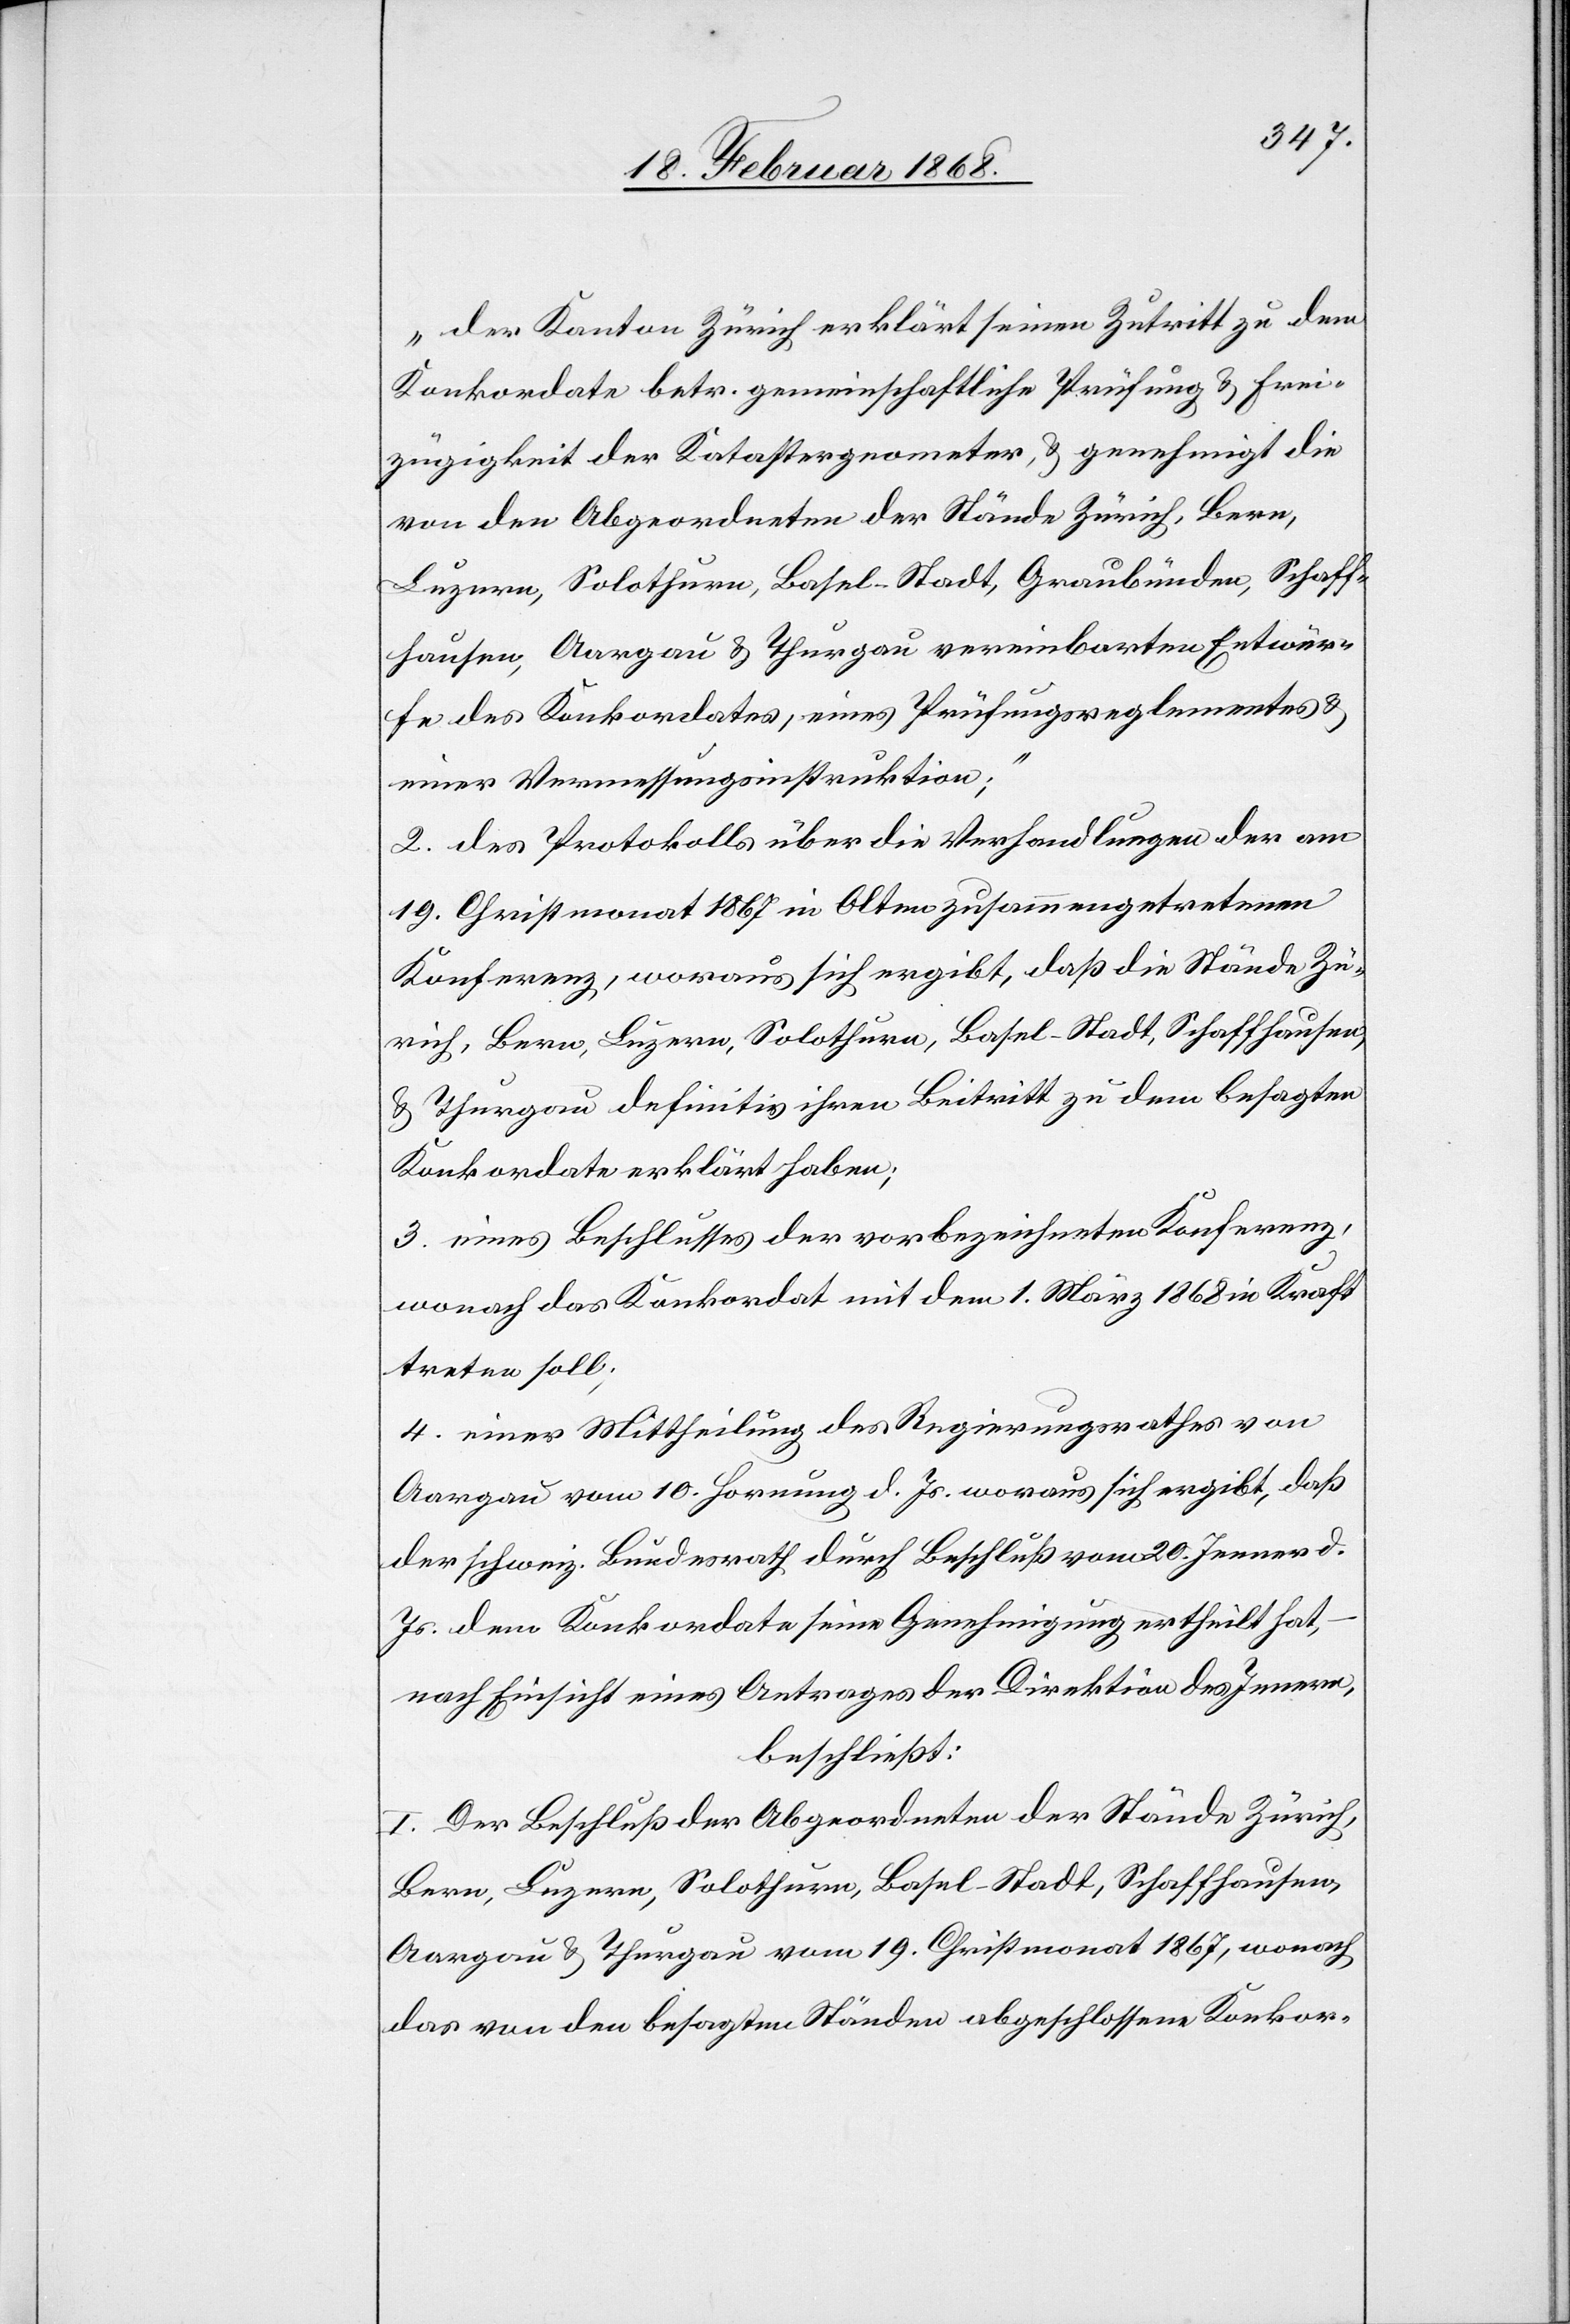
„Der Kanton Zürich erklärt seinen Zutritt zu dem
Konkordate betr. gemeinschaftliche Prüfung & Frei¬
zügigkeit der Katastergeometer, & genehmigt die
von den Abgeordneten der Stände Zürich, Bern,
Luzern, Solothurn, Basel-Stadt, Graubünden, Schaff¬
hausen, Aargau & Thurgau vereinbarten Entwür¬
fe des Konkordates, eines Prüfungsreglementes &
einer Vermessungsinstruktion;“
2. des Protokolls über die Verhandlungen der am
19. Christmonat 1867 in Olten zusammengetretenen
Konferenz, woraus sich ergibt, daß die Stände Zü¬
rich, Bern, Luzern, Solothurn, Basel-Stadt, Schaffhausen,
& Thurgau definitiv ihren Beitritt zu dem besagten
Konkordate erklärt haben;
3. eines Beschlusses der vorbezeichneten Konferenz,
wonach das Konkordat mit dem 1. März 1868 in Kraft
treten soll;
4. einer Mittheilung des Regierungsrathes von
Aargau vom 10. Hornung d. Js. woraus sich ergibt, daß
der schweiz. Bundesrath durch Beschluß vom 20. Jenner d.
Js. dem Konkordate seine Genehmigung ertheilt hat,
nach Einsicht eines Antrages der Direktion des Innern,
beschließt:
I. Der Beschluß der Abgeordneten der Stände Zürich,
Bern, Luzern, Solothurn, Basel-Stadt, Schaffhausen,
Aargau & Thurgau vom 19. Christmonat 1867, wonach
das von den besagten Ständen abgeschlossene Konkor-